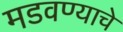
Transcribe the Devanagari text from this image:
मडवण्याचे